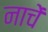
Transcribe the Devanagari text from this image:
नाचें